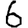
Digit: 6